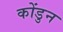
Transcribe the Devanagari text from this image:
कोंडुन